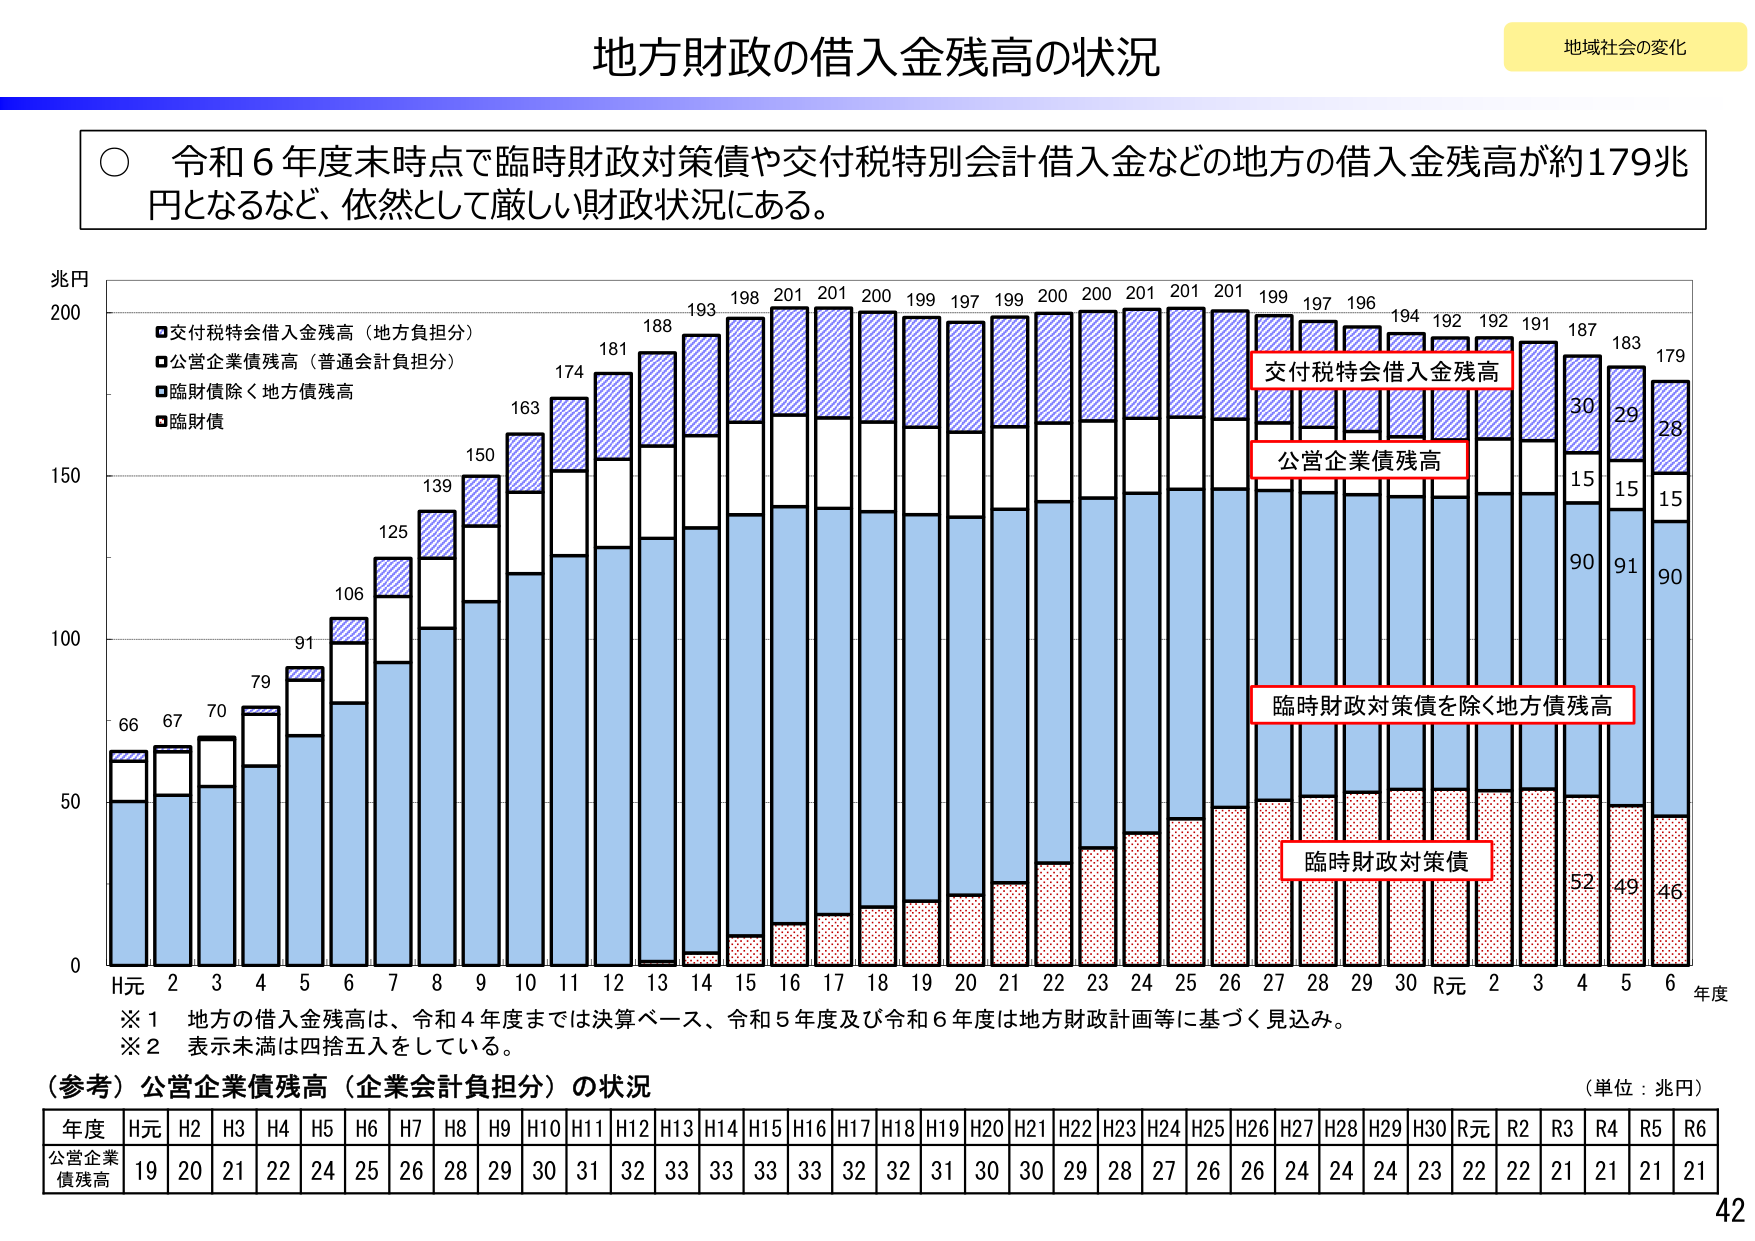
地方財政の借入金残高の状況

地域社会の変化

○ 令和６年度末時点で臨時財政対策債や交付税特別会計借入金などの地方の借入金残高が約179兆円となるなど、依然として厳しい財政状況にある。

兆円
200
■交付税特会借入金残高（地方負担分）
■公営企業債残高（普通会計負担分）
■臨財債除く地方債残高
■臨財債

193 198 201 201 200 199 197 199 200 200 201 201 201 199 197 196 194 192 192 191 187 183 179
188
181
174
163
150
139
125
106
91
79
70
67
66

交付税特会借入金残高
公営企業債残高
臨時財政対策債を除く地方債残高
臨時財政対策債

15
15
15
30
29
28
90
91
90
52
49
46

150
100
50
0

H元 2 3 4 5 6 7 8 9 10 11 12 13 14 15 16 17 18 19 20 21 22 23 24 25 26 27 28 29 30 R元 2 3 4 5 6 年度

※1 地方の借入金残高は、令和4年度までは決算ベース、令和5年度及び令和6年度は地方財政計画等に基づく見込み。
※2 表示未満は四捨五入をしている。

（参考）公営企業債残高（企業会計負担分）の状況
（単位：兆円）

年度 H元 H2 H3 H4 H5 H6 H7 H8 H9 H10 H11 H12 H13 H14 H15 H16 H17 H18 H19 H20 H21 H22 H23 H24 H25 H26 H27 H28 H29 H30 R元 R2 R3 R4 R5 R6
公営企業債残高 19 20 21 22 24 25 26 28 29 30 31 32 33 33 33 32 32 31 30 30 29 28 27 26 26 24 24 23 22 22 21 21 21

42